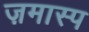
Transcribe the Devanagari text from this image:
ज़मास्प